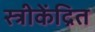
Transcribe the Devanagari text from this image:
स्त्रीकेंद्रित